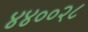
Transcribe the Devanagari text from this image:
४४००२८